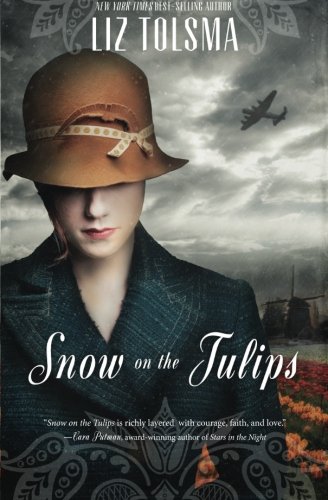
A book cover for Snow on the Tulips; Liz Tolsma; Romance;